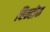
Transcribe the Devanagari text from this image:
चिन्होंन